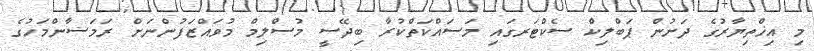
މި އިޚްތިޔާރުގެ ދަށުން ޕަބްލިކް ސެކްޓަރގައި މަސައްކަތްކުރާ ބިދޭސީ މުސްލިމް މުވައްޒަފުންނަށް ރަމަޟާންމަހުގެ